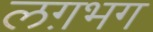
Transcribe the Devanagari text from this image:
लग़भग